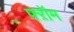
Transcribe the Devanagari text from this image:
फ्ऱॉम